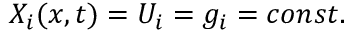
X _ { i } ( x , t ) = U _ { i } = g _ { i } = c o n s t .